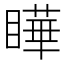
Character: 瞱